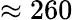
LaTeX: \approx 260